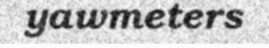
yawmeters